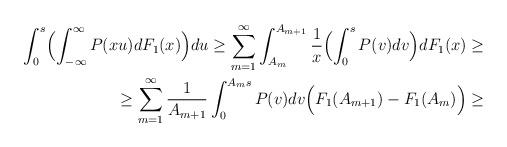
LaTeX: \begin{align*}\begin{aligned}\int_{0}^{s}\Bigl(\int_{-\infty}^{\infty} P(xu)dF_1(x) \Bigr)du \ge \sum_{m=1}^{\infty}\int_{A_m}^{A_{m+1}}\frac{1}{x}\Bigl(\int_{0}^{s}P(v)dv\Bigr)dF_1(x) \ge\\\ge \sum_{m=1}^{\infty}\frac{1}{A_{m+1}}\int_{0}^{A_m s}P(v) dv \Bigl( F_1(A_{m+1}) - F_1(A_m)\Bigr)\ge \\\end{aligned}\end{align*}